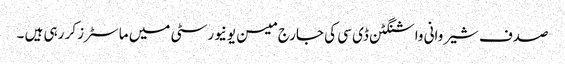
صدف شیروانی واشنگٹن ڈی سی کی جارج میسن یونیورسٹی میں ماسٹرز کر رہی ہیں ۔